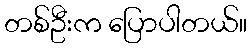
တစ်ဦးက ပြောပါတယ်။